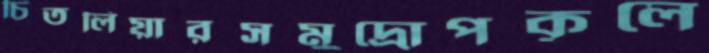
চিতলিয়ারসমুদ্রোপকূলে